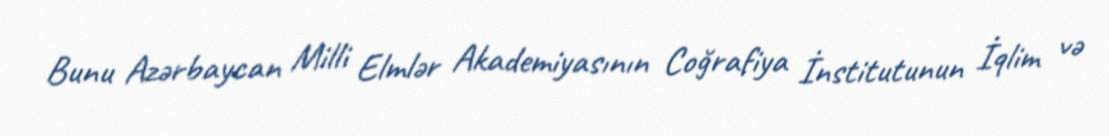
Bunu Azərbaycan Milli Elmlər Akademiyasının Coğrafiya İnstitutunun İqlim və